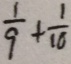
\frac { 1 } { 9 } + \frac { 1 } { 1 0 }